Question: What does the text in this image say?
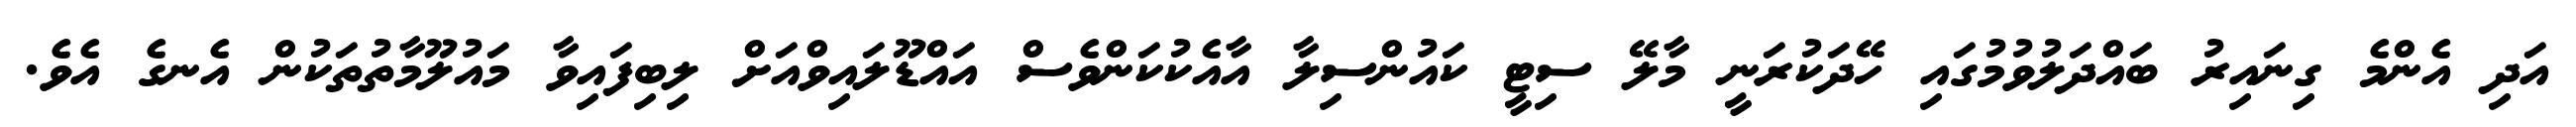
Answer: އަދި އެންމެ ގިނައިރު ބައްދަލުވުމުގައި ހޭދަކުރަނީ މާލޭ ސިޓީ ކައުންސިލާ އާއެކުކަންވެސް އައްޑޫލައިވްއަށް ލިބިފައިވާ މައުލޫމާތުތަކުން އެނގެ އެވެ.